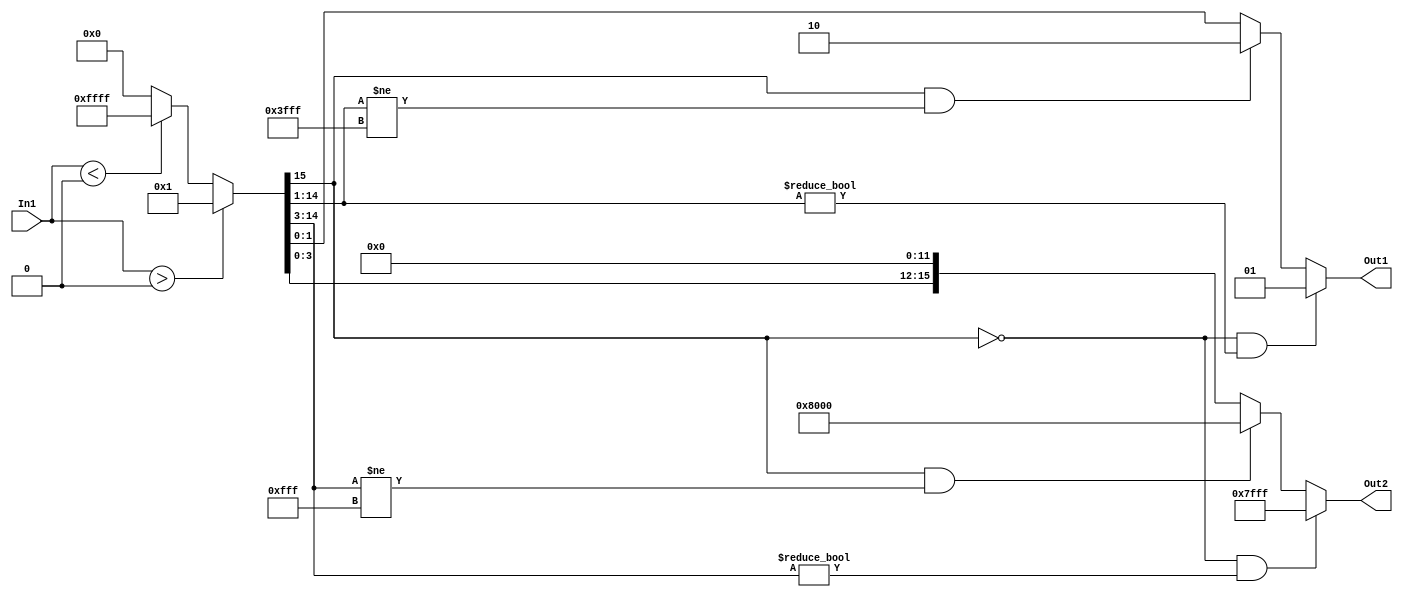
// -------------------------------------------------------------
// 
// 
// Generated by MATLAB 9.10 and HDL Coder 3.18
// 
// -------------------------------------------------------------


// -------------------------------------------------------------
// 
// Module: Subsystem_block1
// Source Path: adpcm_precision_study/adpcm/adpcm encoder2/Subsystem
// Hierarchy Level: 2
// 
// -------------------------------------------------------------

`timescale 1 ns / 1 ns

module Subsystem_block1
          (In1,
           Out1,
           Out2);


  input   signed [15:0] In1;  // sfix16_En12
  output  signed [1:0] Out1;  // sfix2
  output  signed [15:0] Out2;  // sfix16_En12


  wire signed [15:0] Sign_out1;  // int16
  wire signed [1:0] Data_Type_Conversion1_out1;  // sfix2
  wire signed [15:0] Data_Type_Conversion_out1;  // sfix16_En12

  // sign extraction


  assign Sign_out1 = (In1 > 16'sb0000000000000000 ? 16'sb0000000000000001 :
              (In1 < 16'sb0000000000000000 ? 16'sb1111111111111111 :
              16'sb0000000000000000));



  assign Data_Type_Conversion1_out1 = ((Sign_out1[15] == 1'b0) && (Sign_out1[14:1] != 14'b00000000000000) ? 2'sb01 :
              ((Sign_out1[15] == 1'b1) && (Sign_out1[14:1] != 14'b11111111111111) ? 2'sb10 :
              $signed(Sign_out1[1:0])));



  assign Out1 = Data_Type_Conversion1_out1;

  assign Data_Type_Conversion_out1 = ((Sign_out1[15] == 1'b0) && (Sign_out1[14:3] != 12'b000000000000) ? 16'sb0111111111111111 :
              ((Sign_out1[15] == 1'b1) && (Sign_out1[14:3] != 12'b111111111111) ? 16'sb1000000000000000 :
              {Sign_out1[3:0], 12'b000000000000}));



  assign Out2 = Data_Type_Conversion_out1;

endmodule  // Subsystem_block1